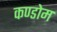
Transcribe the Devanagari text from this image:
कण्डोम